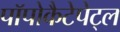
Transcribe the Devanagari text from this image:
पॉपोकैटेपेट्ल